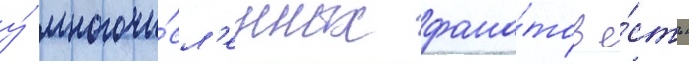
у́ многочи́сл'енных фана́тов е́сть